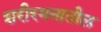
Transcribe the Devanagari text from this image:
शरीरमनातील